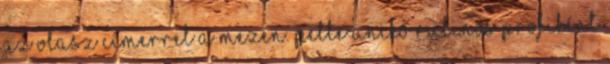
az olasz címerrel a mezén. Pelle Anikó rutinos profiként